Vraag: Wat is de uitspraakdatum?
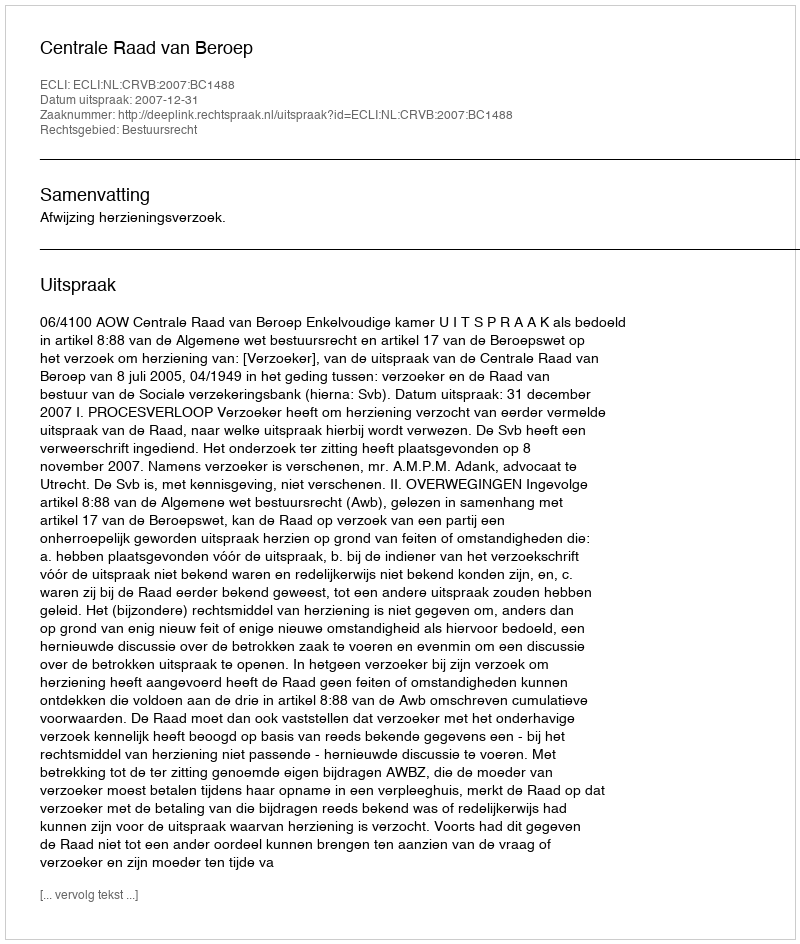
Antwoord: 2007-12-31